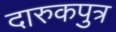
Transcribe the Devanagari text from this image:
दारुकपुत्र